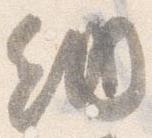
納